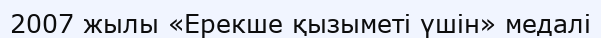
2007 жылы «Ерекше қызыметі үшін» медалі